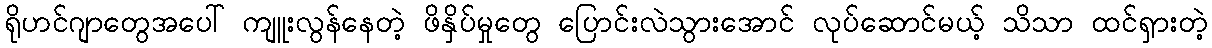
ရိုဟင်ဂျာတွေအပေါ် ကျူးလွန်နေတဲ့ ဖိနှိပ်မှုတွေ ပြောင်းလဲသွားအောင် လုပ်ဆောင်မယ့် သိသာ ထင်ရှားတဲ့